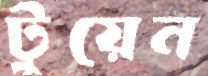
টুয়েন